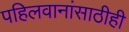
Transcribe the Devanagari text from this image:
पहिलवानांसाठीही